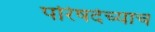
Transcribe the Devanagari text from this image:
परिषदेच्याच